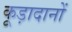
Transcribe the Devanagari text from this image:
कूड़ादानों